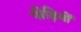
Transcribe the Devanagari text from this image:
पीढ़ियों